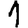
Digit: 1